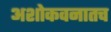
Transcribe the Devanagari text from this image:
अशोकवनातच